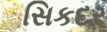
સિકદર